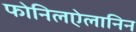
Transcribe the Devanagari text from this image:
फोनिलऐलानिन